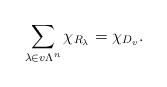
LaTeX: \begin{align*}\sum_{\lambda \in v\Lambda^n} \chi_{R_\lambda} = \chi_{D_v}.\end{align*}